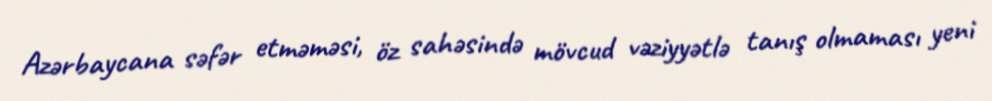
Azərbaycana səfər etməməsi, öz sahəsində mövcud vəziyyətlə tanış olmaması yeni